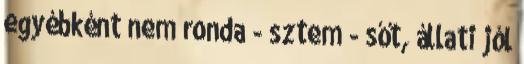
egyébként nem ronda - sztem - sőt, állati jól